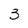
Character: 3